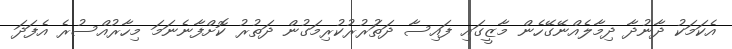
އެކަމަކު ދާނުދާ ދިމާލެއްނޭގޭހެން މާޒީގައި ފައިސާ ދަތަުރުރުކުރިމަގުން ދަތުރު ކޮށްފާނެނަމަ މިހާރުއްސުރެ އެފަދަ